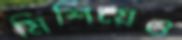
মিশিয়েও